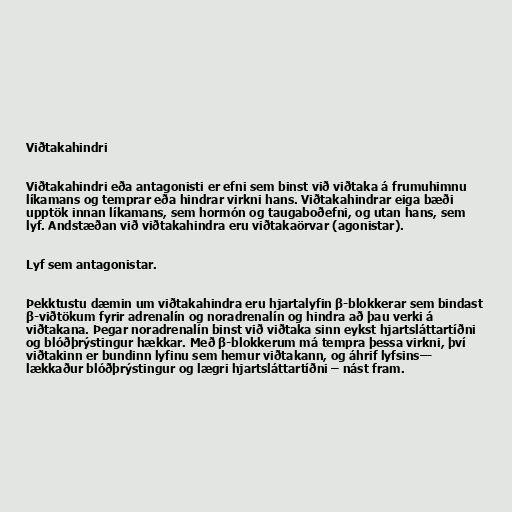
Viðtakahindri

Viðtakahindri eða antagonisti er efni sem binst við viðtaka á frumuhimnu
líkamans og temprar eða hindrar virkni hans. Viðtakahindrar eiga bæði
upptök innan líkamans, sem hormón og taugaboðefni, og utan hans, sem
lyf. Andstæðan við viðtakahindra eru viðtakaörvar (agonistar).

Lyf sem antagonistar.

Þekktustu dæmin um viðtakahindra eru hjartalyfin β-blokkerar sem bindast
β-viðtökum fyrir adrenalín og noradrenalín og hindra að þau verki á
viðtakana. Þegar noradrenalín binst við viðtaka sinn eykst hjartsláttartíðni
og blóðþrýstingur hækkar. Með β-blokkerum má tempra þessa virkni, því
viðtakinn er bundinn lyfinu sem hemur viðtakann, og áhrif lyfsins–-
lækkaður blóðþrýstingur og lægri hjartsláttartíðni – nást fram.